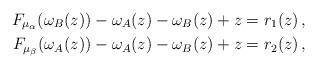
LaTeX: \begin{align*} F_{\mu_\alpha}(\omega_B(z)) -\omega_A(z)-\omega_B(z)+z &= r_1(z)\,,\\ F_{\mu_\beta}(\omega_A(z)) -\omega_A(z) - \omega_B(z) +z & = r_2(z)\,, \end{align*}